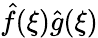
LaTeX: {\hat{f}}(\xi){\hat{g}}(\xi)